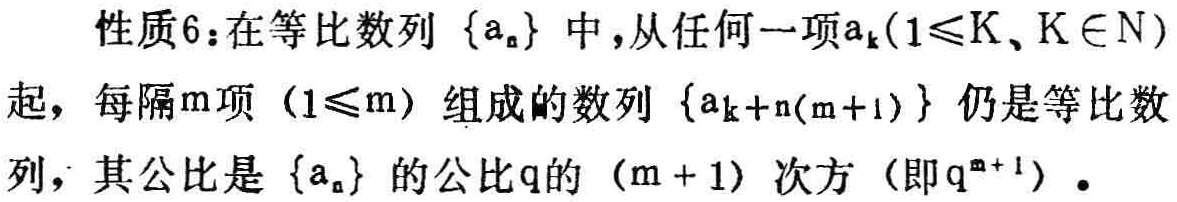
性质6：在等比数列\(\{a_{n}\}\)中，从任何一项\(a_{k}(1\leqslant k,k\in N)\)起，每隔\(m\)项\((1\leqslant m)\)组成的数列\(\{a_{k + n(m + 1)}\}\)仍是等比数列，其公比是\(\{a_{n}\}\)的公比\(q\)的\((m + 1)\)次方（即\(q^{m + 1}\)）。